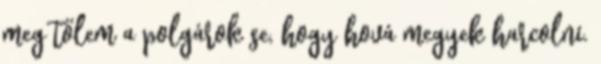
meg tőlem a polgárok se, hogy hová megyek harcolni.